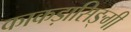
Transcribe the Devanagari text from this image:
काकड़ासिङ्गी